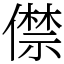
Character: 僸